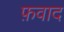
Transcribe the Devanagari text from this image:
फ़वाद